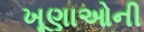
ખૂણાઓની